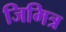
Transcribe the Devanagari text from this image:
जिमित्र